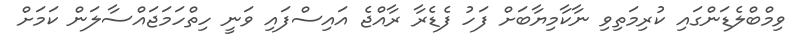
ވިމްބްލެޑަންގައި ކުރިމަތިވި ނާކާމިޔާބަށް ފަހު ފެޑެރާ ރާއްޖެ އައިސްފައި ވަނީ ހިތްހަމަޖައްސާލަން ކަމަށް